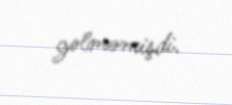
gəlməmişdi.